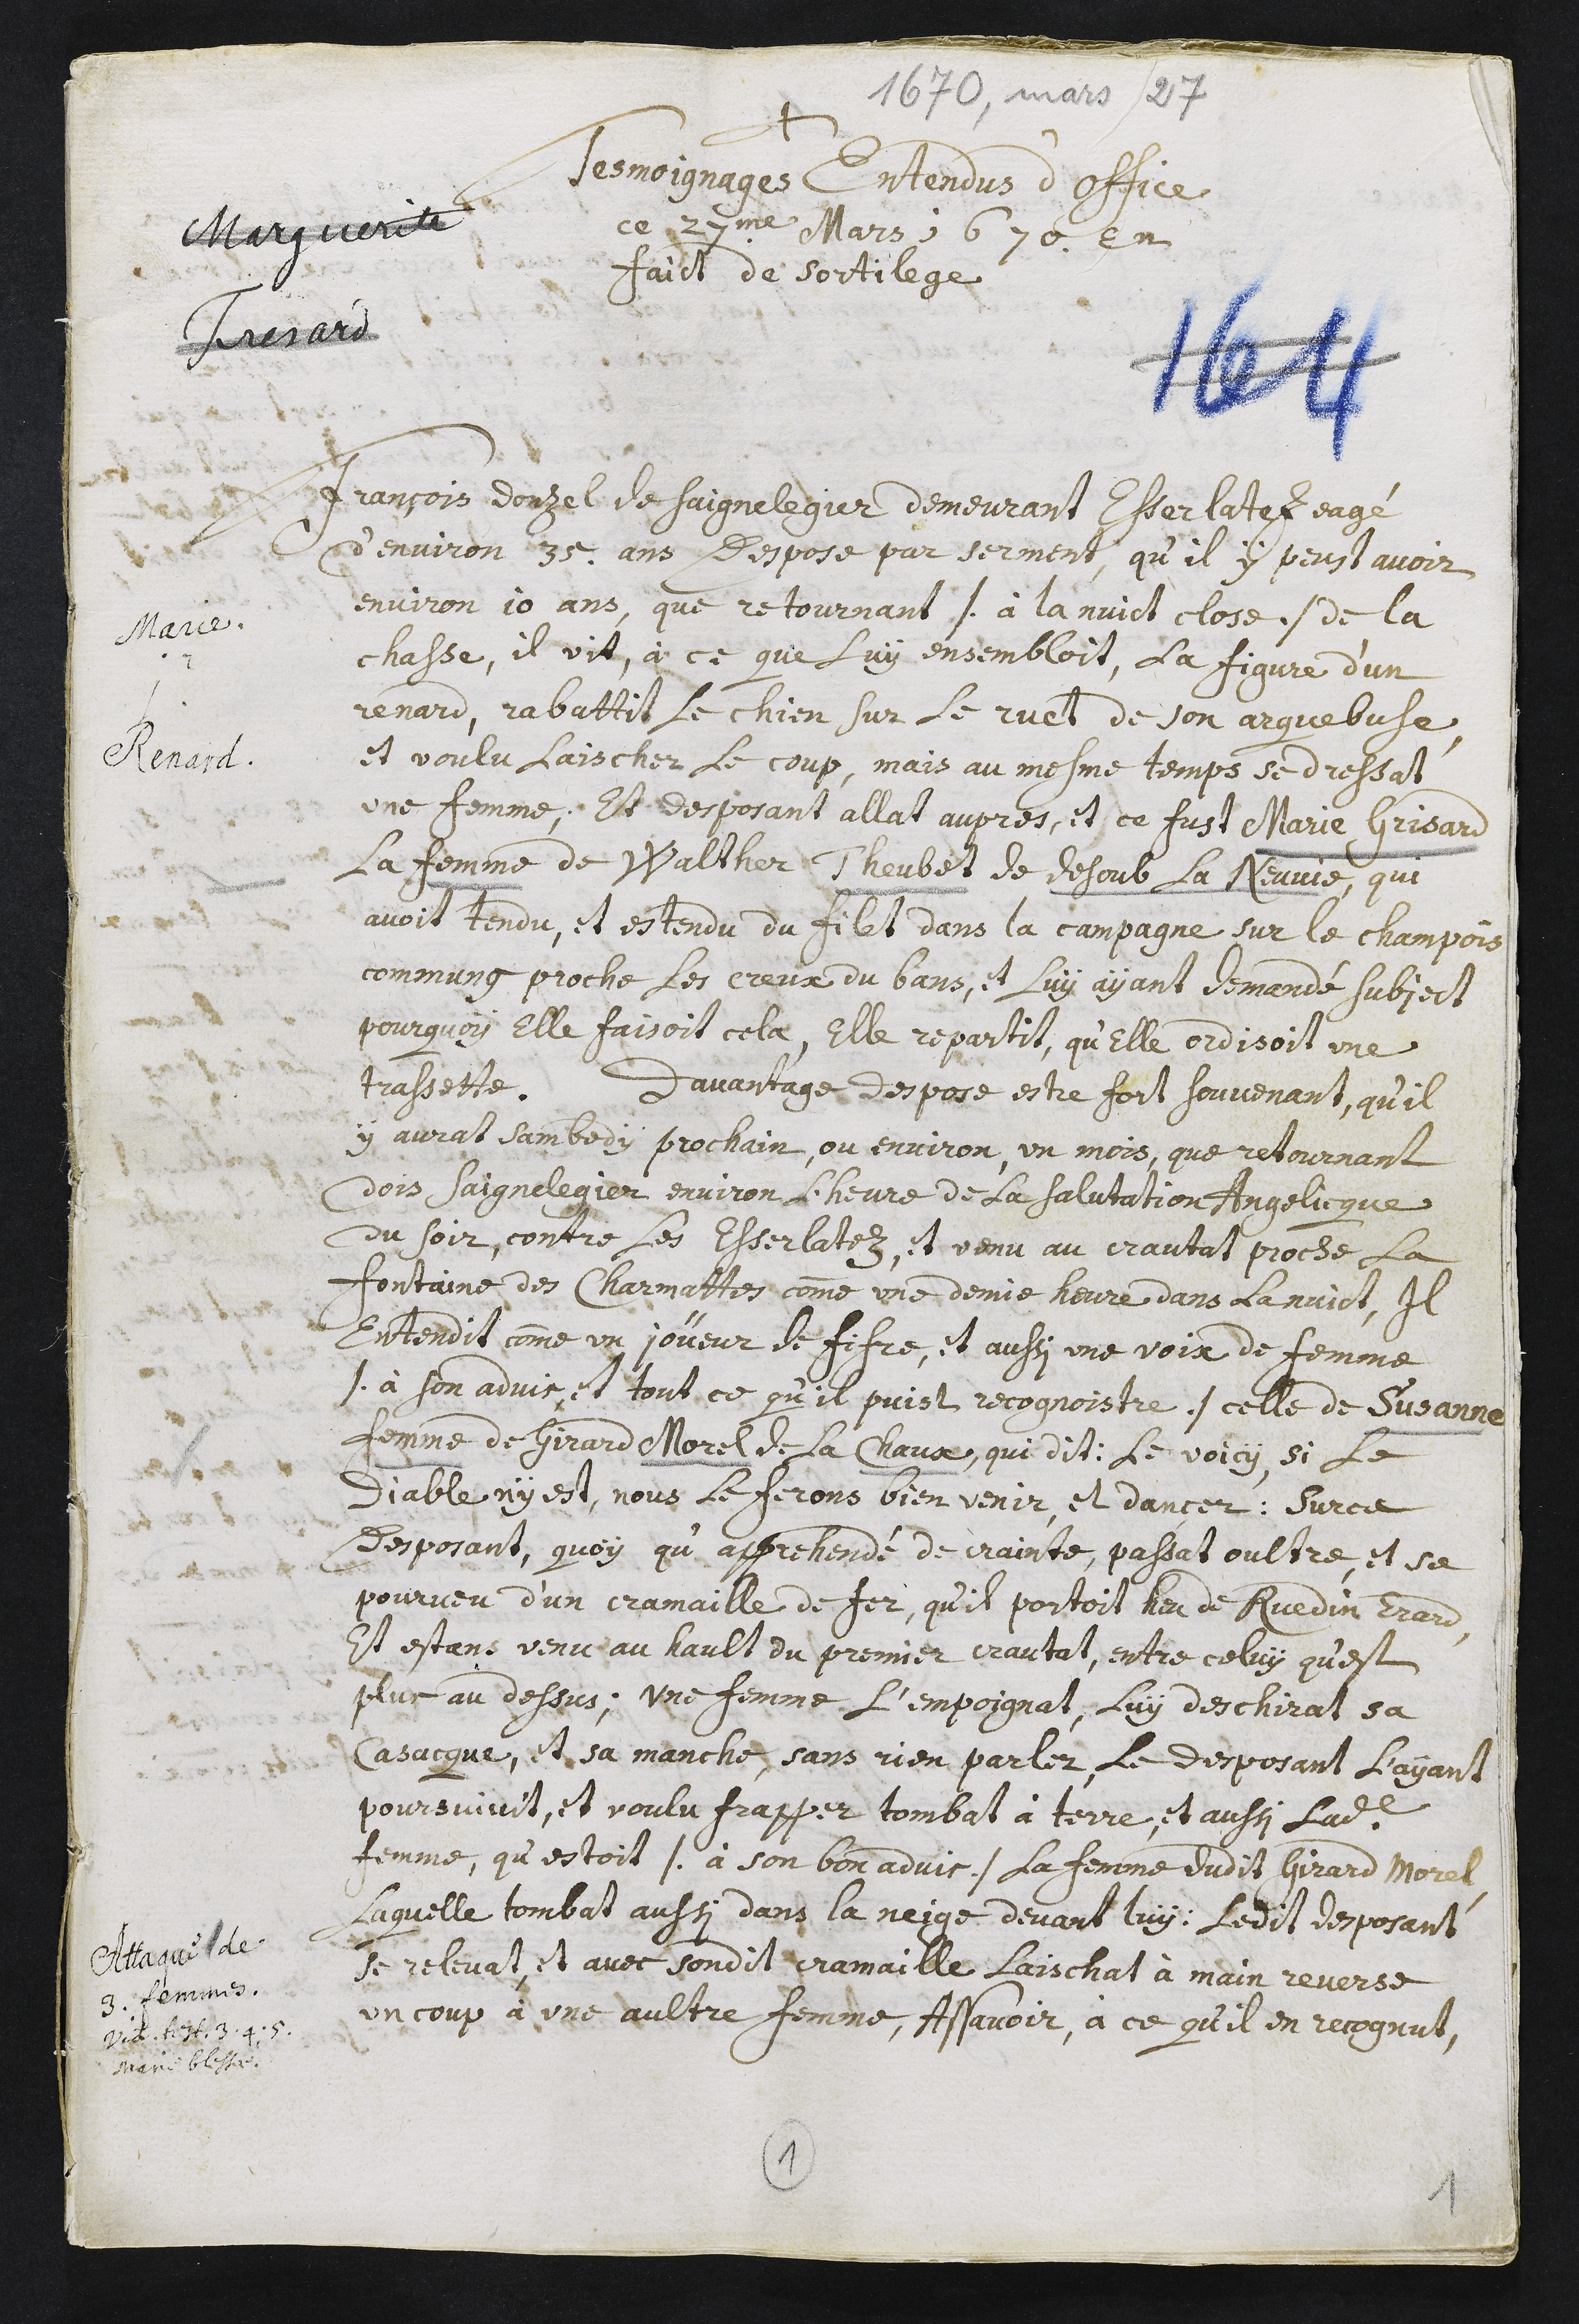
Marguerite
Fresard
Marie
Renard
1670, mars 27
+
Tesmoignages entendus d’office
ce 27me mars ; 1670. en
faict de sortilege
François Donzel de Saignelegier demeurant Esserlatez eagé
d’environ 35 ans despose par serment, qu’il y peust avoir
environ 10 ans, que retournant /. à la nuict close ./ de la
chasse, il vit, à ce que luy ensembloit, la figure d’un
renard, rabattit le chien sur le ruet de son arquebuse,
et voulu laischer le coup, mais au mesme temps se dressat
une femme, et desposant allat aupres, et ce fust Marie Grisard
la femme de Walther Theubet de desoub la Neuvie, qui
avoit tendu, et estendu du filet dans la campagne sur le champois
commung proche les creux du bans, et luy ayant demandé subject
pourquoy elle faisoit cela, elle repartit, qu’elle ordisoit une
trassette. D’avantage despose estre fort souvenant, qu’il
y aurat sambedy prochain, ou environ, un mois, que retournant
dois Saignelegier environ l’heure de la salutation angelicque
du soir, contre les Esserlatez, et venu au crautat proche la
fontaine des Charmattes comme une demie heure dans la nuict, il
entendit comme un joueur de fifre, et aussi une voix de femme
/. à son advis, et tout ce qu’il puist recognoistre./ celle de Susanne
femme de Girard Morel de la Chaux, qui dit : Le voicy, si le
Diable n’y est, nous le ferons bien venir, et dancer: Sur ce
desposant, quoy qu’apprehendé de crainte, passat oultre, et se
pourveu d’un cramaille de fer, qu’il portoit heu de Ruedin Erard,
et estans venu au hault du premier crautat, entre celuy qu’est
plus au dessus ; une femme l’empoignat, luy deschirat sa
casacque, et sa manche, sans rien parler. Le desposant l’ayant
poursuivit, et voulu frapper tombat à terre, et aussi ladite
femme, qu’estoit /. à son bon advis ./ la femme dudit Girard Morel,
laquelle tombat aussi dans la neige devant luy. Ledit desposant
se relevat, et avec sondit cramaille laischat à main reverse
un coup à une aultre femme, assavoir, à ce qu’il en recognut,
Attaque de
3. femmes.
Videte testimonia 3.4.5.
Marie blessée